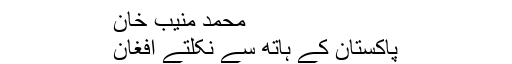
محمد منیب خان
پاکستان کے ہاتھ سے نکلتے افغان